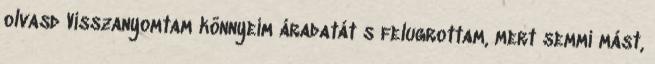
olvasd Visszanyomtam könnyeim áradatát s felugrottam, mert semmi mást,